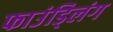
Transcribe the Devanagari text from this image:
फाउंड्लिंग